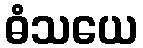
ဓံသယေ